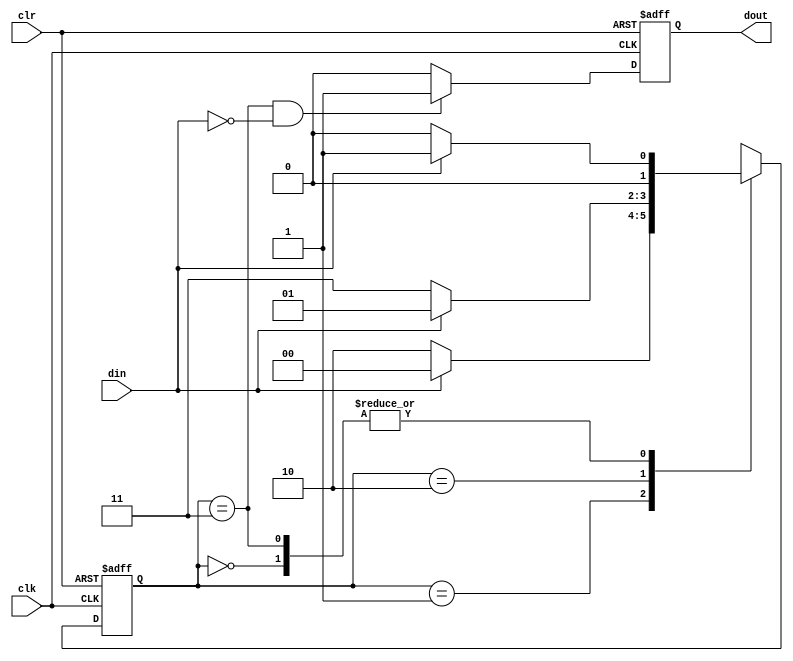
`timescale 1ns / 1ps
//////////////////////////////////////////////////////////////////////////////////
// Company: 
// Engineer: 
// 
// Design Name: 
// Module Name: fsm_mealy
// Project Name: 
// Target Devices: 
// Tool Versions: 
// Description: 
// 
// Dependencies: 
// 
// Revision:
// Revision 0.01 - File Created
// Additional Comments:
// 
//////////////////////////////////////////////////////////////////////////////////


module fsm_mealy(
   input wire clk,
   input wire clr,
   input wire din,
   output reg dout
    );
    reg [1:0]present_state,next_state;
    parameter S0=3'b00,S1=3'b01,S2=3'b10,S3=3'b11;
    always @(posedge clk or posedge clr)
    begin
     if(clr)
      present_state<=S0;
     else
     present_state<=next_state;
     end
     always @(*)
       begin
        case(present_state)
          S0:if(din)
                 next_state<=S1;
               else
                 next_state<=S0;
          S1:if(din)
                    next_state<=S0;
               else
                      next_state<=S2;
          S2:if(din)
                    next_state<=S1;
              else
                  next_state<=S3;
         S3:if(din)
                      next_state<=S1;
                      else
                      next_state<=S0;
           default: next_state<=S0;        
        endcase
       end
       always@(posedge clk or posedge clr)

         if(clr)
            dout<=0;
         else
            if((present_state==S3)&&(din==0))
             dout<=1;
             else
              dout<=0;
    
endmodule